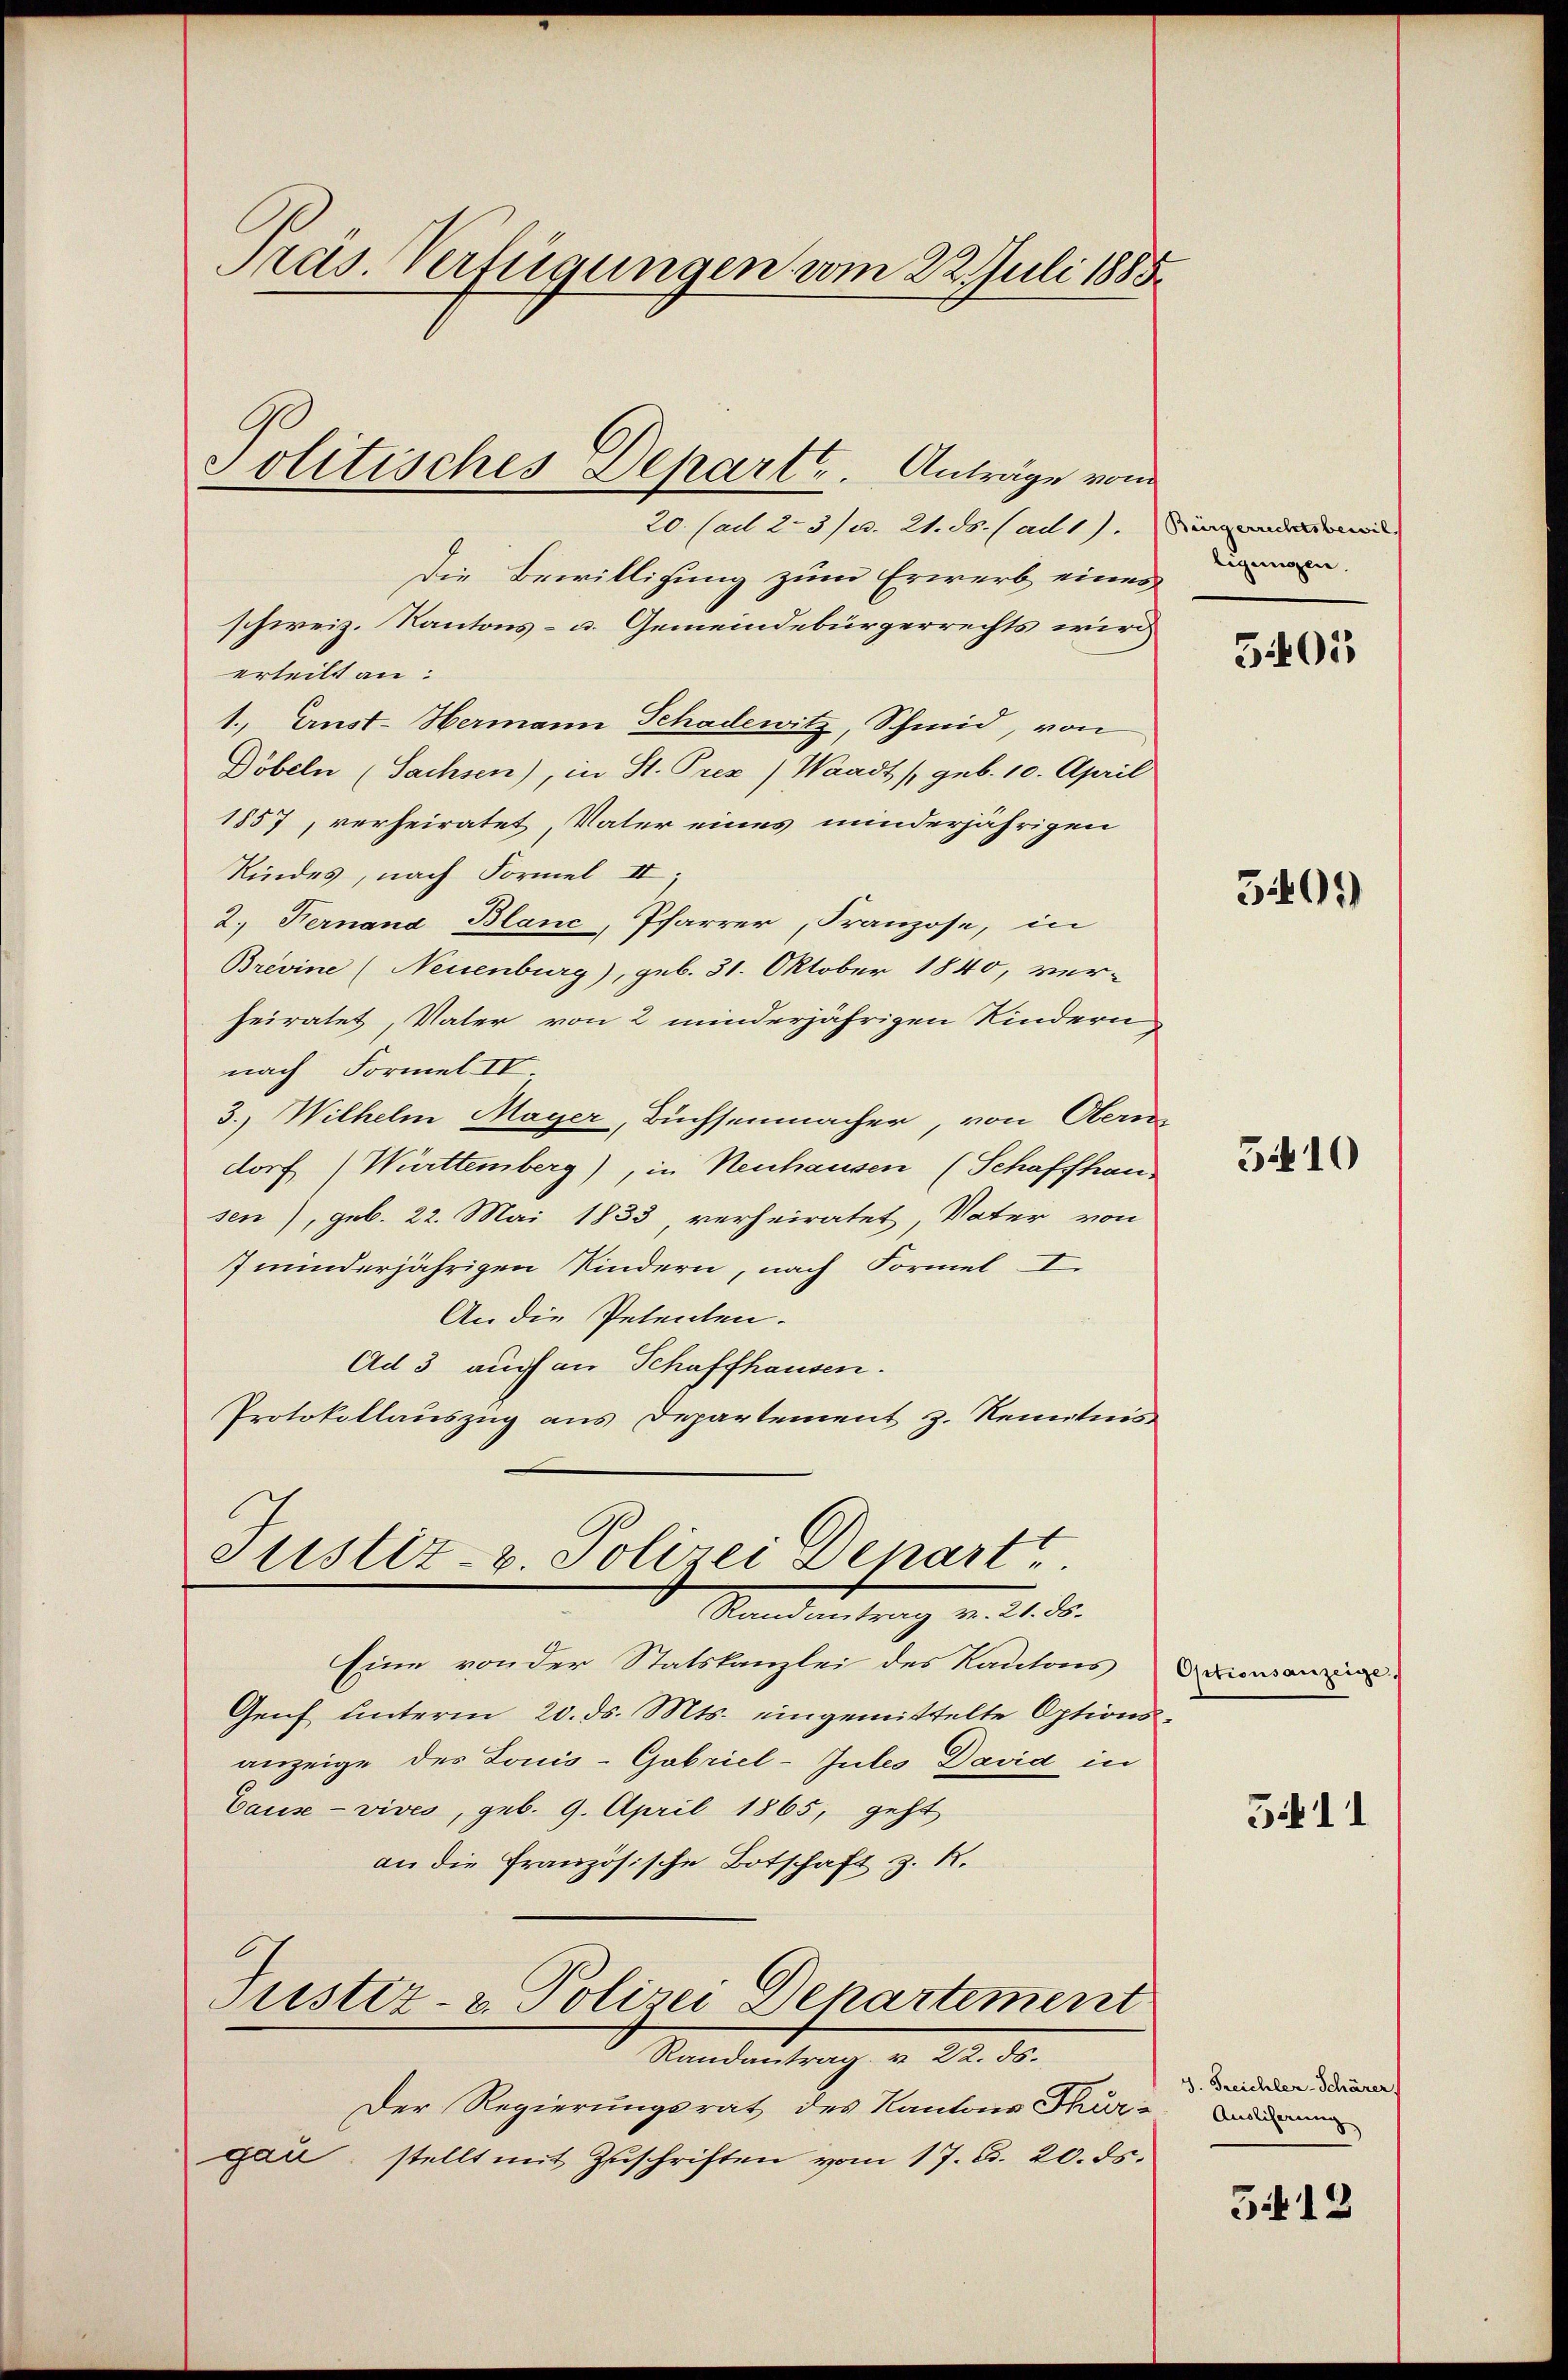
Pras. Verfügungen vom 22. Juli 1885

Politisches Depart. Anträge vom
20. (ad 2. 3) u. 21. ds. (ad1).

Die Bewilligung zum Erwerb eines
schweiz. Kantons- u. Gemeindebürgerrechts wird
erteilt an:
1., Ernst-Hermann Schadewitz, Schmid, von
Döbeln (Sachsen), in St. Pres) Waadt (geb. 10. April
1857, verheiratet, Vater eines minderjährigen
Kindes, nach Formel II
2. Fernand Blanc, Pfarrer, Franzose, in
Brevine (Neuenburg), geb. 31. Oktober 1840, ver-
heiratet, Vater von 2 minderjährigen Kindern
nach Formel II
3., Wilhelm Mayer, Buchsenmacher, von Obern
dorf (Württemberg), in Neuhausen (Schaffhaus
sen), geb. 22. Mai 1833, verheiratet, Vater von
7 minderjährigen Kindern, nach Formel I
An die Petenten.
Ad 3 auch an Schaffhausen.
Protokollauszug aus Departement z. Kenntnis
Justiz- u. Polizei Depart
Randantrag v. 21. ds.
Eine von der Statskanzlei des Kantons Aarausann
Genf unterm 20. ds. Mts. eingemittelte Optionsanzeige des Louis-Gabriel-Jules David in
Cause - vives, geb. 9. April 1865, geht
an die Französische Botschaft z. R.
Justiz- & Polizei Departement
Randantrag v. 22. ds.
Der Regierungsrat des Kantons Thur-
gar, stellt mit Zŭschriften vom 17. d. 20. ds.

Bürgerrechtsbewil
ligungen.

5401

3401)

5410

5411

3. Freichler-Schärer
Ausliserung

512